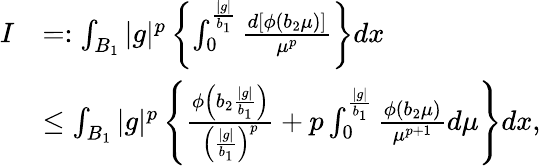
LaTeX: \begin{array}{rl}{I}&{=:\int_{B_{1}}|g|^{p}\left\{ \int_{0}^{\frac{|g|}{b_{1}}}\frac{d\left[\phi\left(b_{2}\mu\right)\right]}{\mu^{p}}\right\} dx}\\ &{\leq\int_{B_{1}}|g|^{p}\left\{ \frac{\phi\left(b_{2}\frac{|g|}{b_{1}}\right)}{\left(\frac{|g|}{b_{1}}\right)^{p}}+p\int_{0}^{\frac{|g|}{b_{1}}}\frac{\phi\left(b_{2}\mu\right)}{\mu^{p+1}}d\mu\right\} dx,}\end{array}